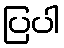
ပြပါ